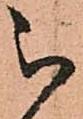
被